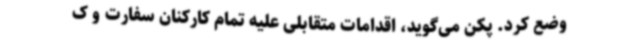
وضع کرد. پکن می‌گوید، اقدامات متقابلی علیه تمام کارکنان سفارت و ک